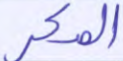
المكر